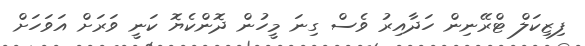
ފިޒިކަލް ޓްރޭނިން ހަދާއިރު ވެސް ގިނަ މީހުން ދޮންކެޔޮ ކަނީ ވަރަށް އަވަހަށް